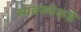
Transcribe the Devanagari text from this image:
व्यवस्थेकडे